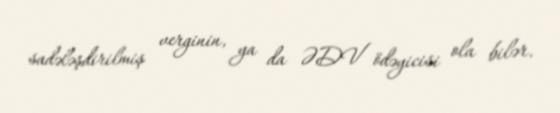
sadələşdirilmiş verginin, ya da ƏDV ödəyicisi ola bilər.